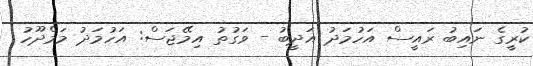
ކުރީގެ ނައިބު ރައީސް އަހުމަދު އަދީބު - ވަގުތު އިމޭޖަސް: އަހުމަދު މަމްދޫހު